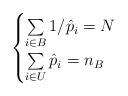
LaTeX: \begin{align*}\begin{cases} \sum\limits_{i\in B} 1/\hat{p}_i = N\\ \sum\limits_{i\in U} \hat{p}_i = n_B \end{cases} \end{align*}